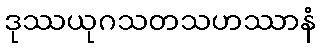
ဒုဿယုဂသတသဟဿာနံ